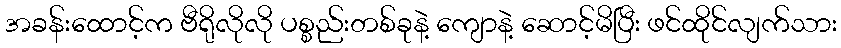
အခန်းထောင့်က ဗီရိုလိုလို ပစ္စည်းတစ်ခုနဲ့ ကျောနဲ့ ဆောင့်မိပြီး ဖင်ထိုင်လျက်သား